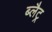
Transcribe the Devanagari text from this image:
ब्लैट्र